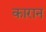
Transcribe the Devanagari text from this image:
कारान